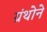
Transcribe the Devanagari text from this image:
ग्रंथोने